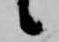
候